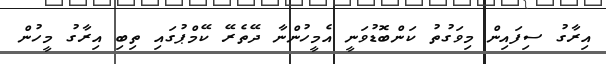
އިރާގު ސިފައިން މިވަގުތު ކަންބޮޑުވަނީ އެމީހުންނާ ދޭތެރޭ ކޭމްޕުގައި ތިބި އިރާގު މީހުން